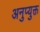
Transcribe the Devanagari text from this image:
अनुप्युक्त